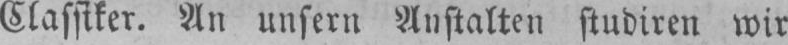
Classiker. An unsern Anstalten studiren wir